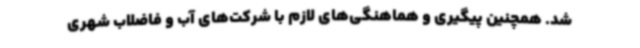
شد. همچنین پیگیری و هماهنگی‌های لازم با شرکت‌های آب و فاضلاب شهری